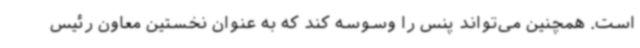
است. همچنین می‌تواند پنس را وسوسه کند که به عنوان نخستین معاون رئیس